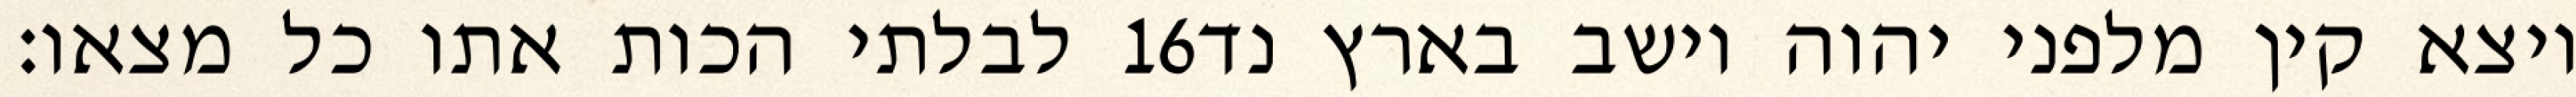
לבלתי הכות אתו כל מצאו׃ ‎16‏ ויצא קין מלפני יהוה וישב בארץ נד